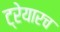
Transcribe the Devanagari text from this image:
ट्रेयारच